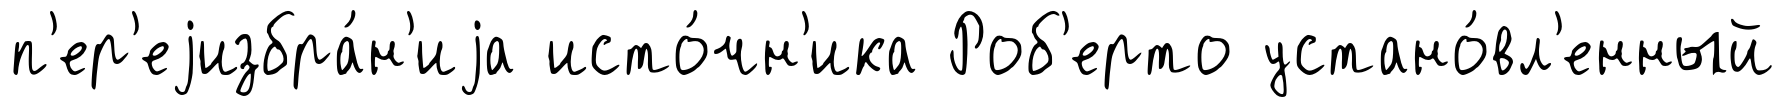
п'ер'еjизбра́н'иjа исто́чн'ика Роб'ерто устано́вл'енный